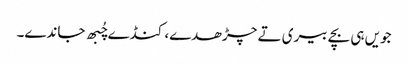
جویں ہی بچے بیری تے چڑھدے، کنڈے چُبھ جاندے۔